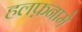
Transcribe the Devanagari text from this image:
हलफ़नामे